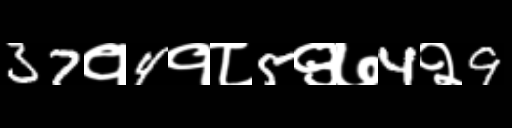
Text: 37१4१८5९७4२9